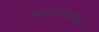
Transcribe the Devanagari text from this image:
त्र्यंबकेश्वराजवळच